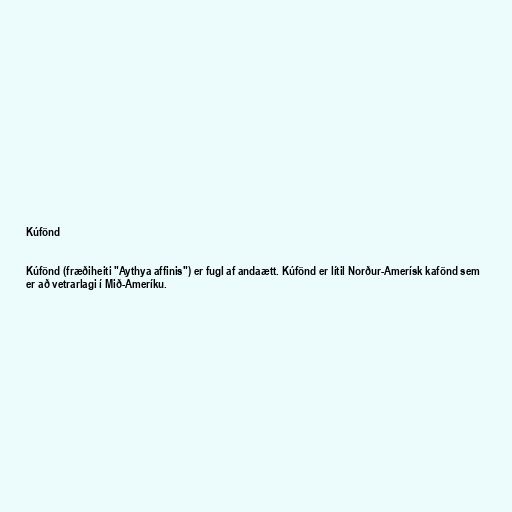
Kúfönd

Kúfönd (fræðiheiti "Aythya affinis") er fugl af andaætt. Kúfönd er lítil Norður-Amerísk kafönd sem
er að vetrarlagi í Mið-Ameríku.